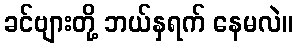
ခင်ဗျားတို့ ဘယ်နှရက် နေမလဲ။